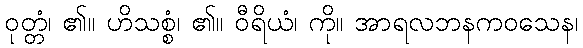
ဝုတ္တံ၊ ၏။ ဟိသစ္စံ၊ ၏။ ဝီရိယံ၊ ကို။ အာရလဘနကဝသေန၊